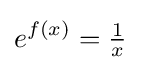
e^{f(x)}={\tfrac {1}{x}}